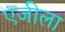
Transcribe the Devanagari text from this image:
एंजीला